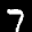
Label: 7